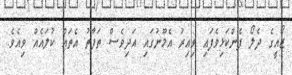
ޒޯއީގެ ދެލޯ ފެންކަޅިވެފައި ވިއިރު އެމޫނުގައި އަދިވެސް ތަފާތު އެތައް ކުލައެއް ވިއެވެ.